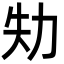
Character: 劮